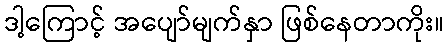
ဒါ့ကြောင့် အပျော်မျက်နှာ ဖြစ်နေတာကိုး။